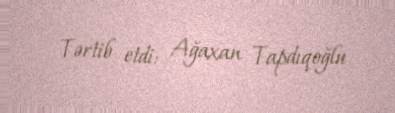
Tərtib etdi: Ağaxan Tapdıqoğlu